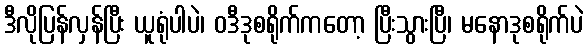
ဒီလိုပြန်လှန်ပြီး ယူရုံပါပဲ၊ ဝဒီဒုစရိုက်ကတော့ ပြီးသွားပြီ၊ မနောဒုစရိုက်ပဲ